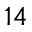
1 4